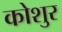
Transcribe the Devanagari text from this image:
कोशुर